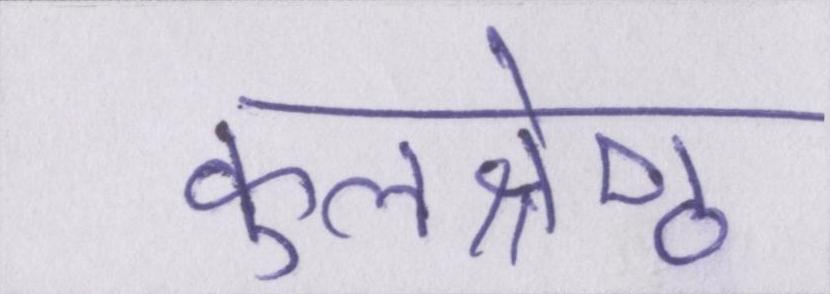
कुलश्रेष्ठ